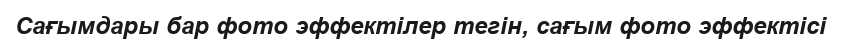
Сағымдары бар фото эффектілер тегін, сағым фото эффектісі